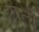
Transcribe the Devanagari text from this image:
यर्तों